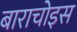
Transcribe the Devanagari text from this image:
बाराचोइस